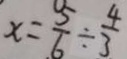
x = \frac { 5 } { 6 } \div \frac { 4 } { 3 }